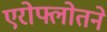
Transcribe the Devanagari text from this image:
एरोफ्लोतने